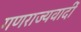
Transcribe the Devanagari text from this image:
गणराज्यवादीं